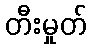
တီးမှုတ်